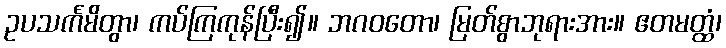
ဥပသင်္ကမိတွာ၊ ကပ်ကြကုန်ပြီး၍။ ဘဂဝတော၊ မြတ်စွာဘုရားအား။ ဧတမတ္ထံ၊